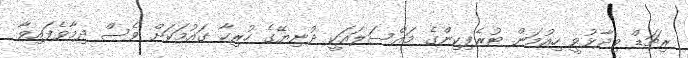
ރިޗަޑް ވިދާޅުވީ ހިއުމަން ޓުރެފިކިންގެ މައްސަލައަކީ ދުނިޔޭގެ ހުރިހާ ގައުމަކަށް ވެސް ދިމާވެފައިވާ